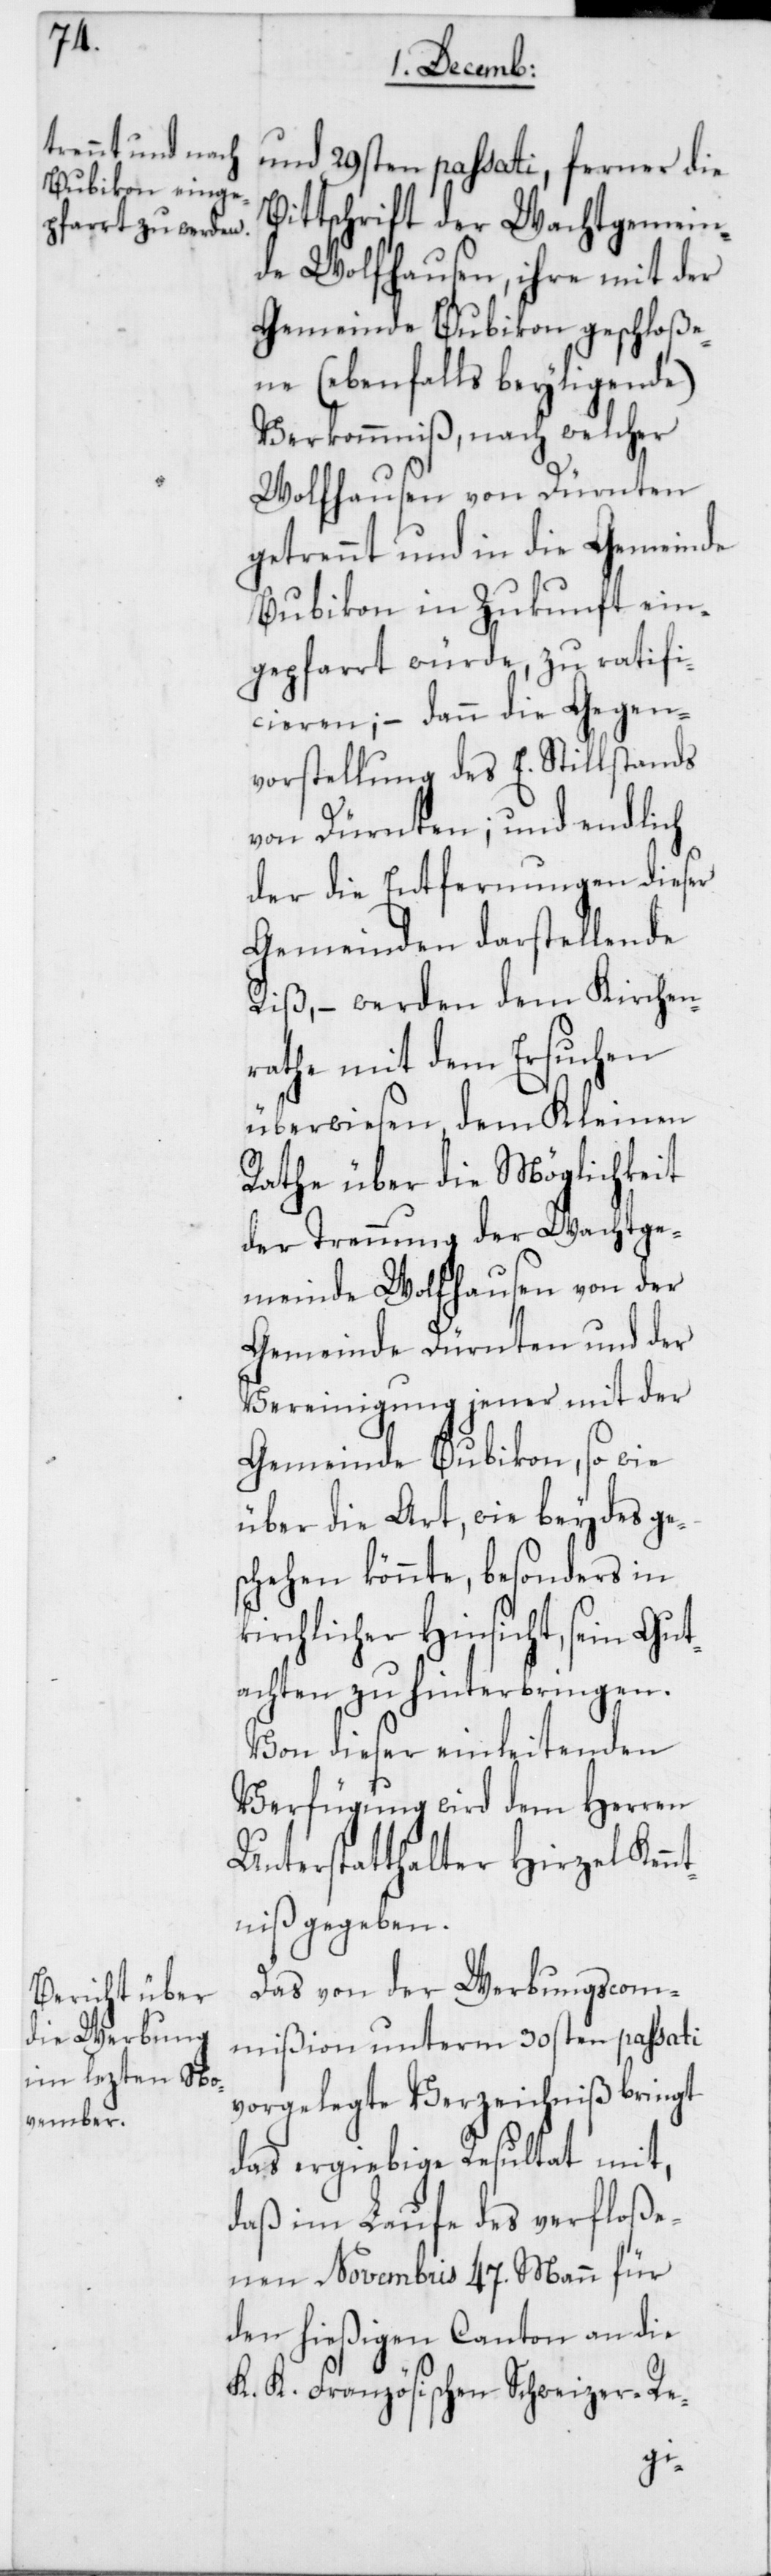
und 29sten passati, ferner die
Bittschrift der Wachtgemein¬
de Wolfhausen, ihre mit der
Gemeinde Bubikon geschloße¬
ne (ebenfalls beyliegende)
Verkommniß, nach welcher
Wolfhausen von Dürnten
getrennt und in die Gemeinde
Bubikon in Zukunft ein¬
gepfarrt würde, zu ratifi¬
cieren; – dann die Gegen¬
vorstellung des E. Stillstands
von Dürnten; und endlich
der die Entfernungen dieser
Gemeinden darstellende
Riß, – werden dem Kirchen¬
rathe mit dem Ersuchen
überwiesen, dem Kleinen
Rathe über die Möglichkeit
der Trennung der Wachtge¬
meinde Wolfhausen von der
Gemeinde Dürnten und der
Vereinigung jener mit der
Gemeinde Bubikon, so wie
über die Art, wie beydes ge¬
schehen könnte, besonders in
kirchlicher Hinsicht, sein Gut¬
achten zu hinterbringen.
Von dieser einleitenden
Verfügung wird dem Herren
Unterstatthalter Hirzel Ken¬
niß gegeben.
Das von der Werbungscom¬
mißion unterm 30sten passati
vorgelegte Verzeichniß bringt
das ergiebige Resultat mit,
daß im Laufe des verfloße¬
nen Novembris 47. Mann für
den hießigen Canton an die
k. k. Französischen Schweizer-Re-
nt¬